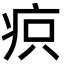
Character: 疻